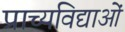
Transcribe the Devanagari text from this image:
प्राच्यविद्याओं